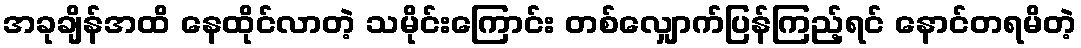
အခုချိန်အထိ နေထိုင်လာတဲ့ သမိုင်းကြောင်း တစ်လျှောက်ပြန်ကြည့်ရင် နောင်တရမိတဲ့